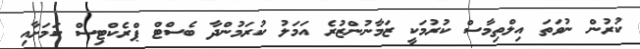
ކުރުން ނުވަތަ އިލްތިމާސް ކުރުމަކީ ޒަމާނުންޒުރެ އަމަލު ކުރަމުންދާ ބެސްޓް ޕްރެކްޓިސް ކަމަށާއި